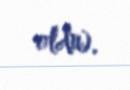
oldu).